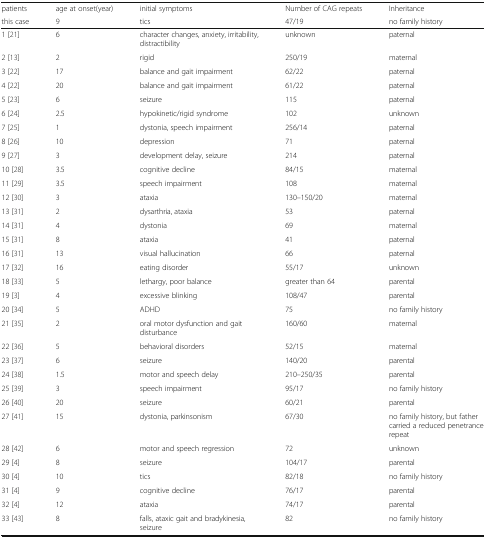
<table><thead><tr><td><b>patients</b></td><td><b>age at onset(year)</b></td><td><b>initial symptoms</b></td><td><b>Number of CAG repeats</b></td><td><b>Inheritance</b></td></tr><tr><td><b>this case</b></td><td><b>9</b></td><td><b>tics</b></td><td><b>47/19</b></td><td><b>no family history</b></td></tr></thead><tbody><tr><td>1 [21]</td><td>6</td><td>character changes, anxiety, irritability, distractibility</td><td>unknown</td><td>paternal</td></tr><tr><td>2 [13]</td><td>2</td><td>rigid</td><td>250/19</td><td>maternal</td></tr><tr><td>3 [22]</td><td>17</td><td>balance and gait impairment</td><td>62/22</td><td>paternal</td></tr><tr><td>4 [22]</td><td>20</td><td>balance and gait impairment</td><td>61/22</td><td>paternal</td></tr><tr><td>5 [23]</td><td>6</td><td>seizure</td><td>115</td><td>paternal</td></tr><tr><td>6 [24]</td><td>2.5</td><td>hypokinetic/rigid syndrome</td><td>102</td><td>unknown</td></tr><tr><td>7 [25]</td><td>1</td><td>dystonia, speech impairment</td><td>256/14</td><td>paternal</td></tr><tr><td>8 [26]</td><td>10</td><td>depression</td><td>71</td><td>paternal</td></tr><tr><td>9 [27]</td><td>3</td><td>development delay, seizure</td><td>214</td><td>paternal</td></tr><tr><td>10 [28]</td><td>3.5</td><td>cognitive decline</td><td>84/15</td><td>maternal</td></tr><tr><td>11 [29]</td><td>3.5</td><td>speech impairment</td><td>108</td><td>maternal</td></tr><tr><td>12 [30]</td><td>3</td><td>ataxia</td><td>130–150/20</td><td>maternal</td></tr><tr><td>13 [31]</td><td>2</td><td>dysarthria, ataxia</td><td>53</td><td>paternal</td></tr><tr><td>14 [31]</td><td>4</td><td>dystonia</td><td>69</td><td>maternal</td></tr><tr><td>15 [31]</td><td>8</td><td>ataxia</td><td>41</td><td>paternal</td></tr><tr><td>16 [31]</td><td>13</td><td>visual hallucination</td><td>66</td><td>paternal</td></tr><tr><td>17 [32]</td><td>16</td><td>eating disorder</td><td>55/17</td><td>unknown</td></tr><tr><td>18 [33]</td><td>5</td><td>lethargy, poor balance</td><td>greater than 64</td><td>parental</td></tr><tr><td>19 [3]</td><td>4</td><td>excessive blinking</td><td>108/47</td><td>parental</td></tr><tr><td>20 [34]</td><td>5</td><td>ADHD</td><td>75</td><td>no family history</td></tr><tr><td>21 [35]</td><td>2</td><td>oral motor dysfunction and gait disturbance</td><td>160/60</td><td>maternal</td></tr><tr><td>22 [36]</td><td>5</td><td>behavioral disorders</td><td>52/15</td><td>maternal</td></tr><tr><td>23 [37]</td><td>6</td><td>seizure</td><td>140/20</td><td>parental</td></tr><tr><td>24 [38]</td><td>1.5</td><td>motor and speech delay</td><td>210–250/35</td><td>parental</td></tr><tr><td>25 [39]</td><td>3</td><td>speech impairment</td><td>95/17</td><td>no family history</td></tr><tr><td>26 [40]</td><td>20</td><td>seizure</td><td>60/21</td><td>parental</td></tr><tr><td>27 [41]</td><td>15</td><td>dystonia, parkinsonism</td><td>67/30</td><td>no family history, but father carried a reduced penetrance repeat</td></tr><tr><td>28 [42]</td><td>6</td><td>motor and speech regression</td><td>72</td><td>unknown</td></tr><tr><td>29 [4]</td><td>8</td><td>seizure</td><td>104/17</td><td>parental</td></tr><tr><td>30 [4]</td><td>10</td><td>tics</td><td>82/18</td><td>no family history</td></tr><tr><td>31 [4]</td><td>9</td><td>cognitive decline</td><td>76/17</td><td>parental</td></tr><tr><td>32 [4]</td><td>12</td><td>ataxia</td><td>74/17</td><td>parental</td></tr><tr><td>33 [43]</td><td>8</td><td>falls, ataxic gait and bradykinesia, seizure</td><td>82</td><td>no family history</td></tr></tbody></table>